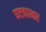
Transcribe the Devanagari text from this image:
घटकाभर